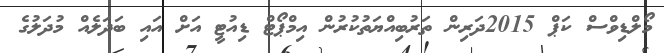
މޯލްޑިވްސް ކަޕް 2015ދަރިން ތަރުބިއްޔަތުކުރުން އިމްޕޯޓް ޑިއުޓީ އަށް އައި ބަދަލެއް މުދަލުގެ